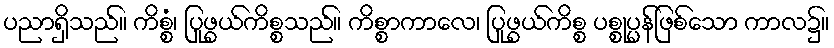
ပညာရှိသည်။ ကိစ္စံ၊ ပြုဖွယ်ကိစ္စသည်။ ကိစ္စာကာလေ၊ ပြုဖွယ်ကိစ္စ ပစ္စုပ္ပန်ဖြစ်သော ကာလ၌။